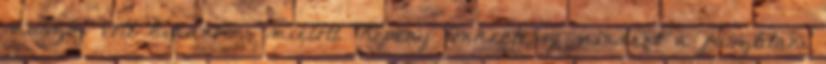
muszáj volt kiadnom, mielőtt Köpeny tönkretesz mindent a pusztítani